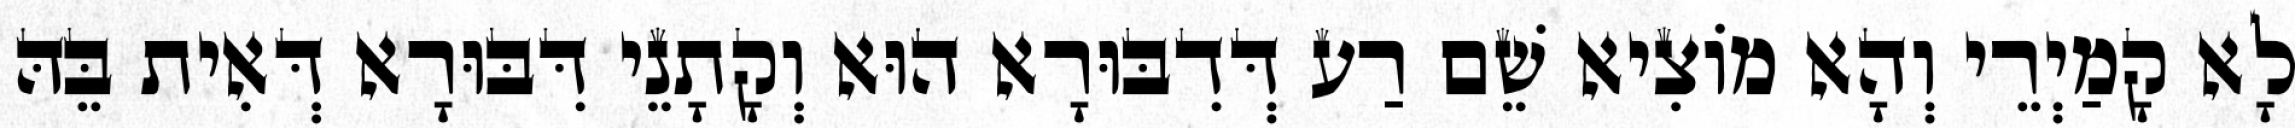
לָא קָמַיְרֵי וְהָא מוֹצִיא שֵׁם רַע דְּדִבּוּרָא הוּא וְקָתָנֵי דִּבּוּרָא דְּאִית בֵּהּ